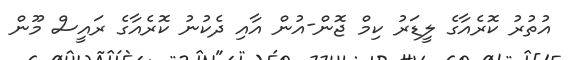
އުތުރު ކޮރެއާގެ ލީޑަރު ކިމް ޖޮން-އުން އާއި ދެކުނު ކޮރެއާގެ ރައީސް މޫން